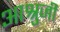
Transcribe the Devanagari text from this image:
आश्रुजी